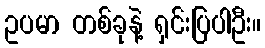
ဥပမာ တစ်ခုနဲ့ ရှင်းပြပါဦး။